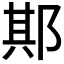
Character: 𨛺